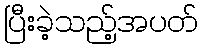
ပြီးခဲ့သည့်အပတ်